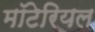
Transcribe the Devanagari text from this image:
मॉटेरियल